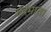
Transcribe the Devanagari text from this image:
रुद्रमाता